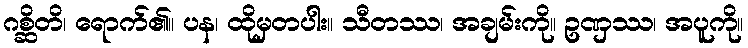
ဂစ္ဆိတိ၊ ရောက်၏။ ပန၊ ထိုမှတပါး။ သီတဿ၊ အချမ်းကို။ ဥဏှဿ၊ အပူကို။